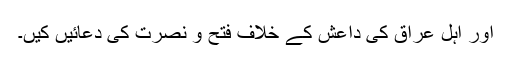
اور اہل عراق کی داعش کے خلاف فتح و نصرت کی دعائیں کیں۔